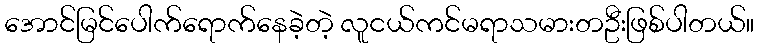
အောင်မြင်ပေါက်ရောက်နေခဲ့တဲ့ လူငယ်ကင်မရာသမားတဦးဖြစ်ပါတယ်။